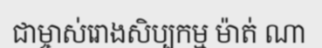
ជាម្ចាស់រោងសិប្បកម្ម ម៉ាត់ ណា